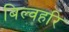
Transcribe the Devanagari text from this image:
बिल्वहरि